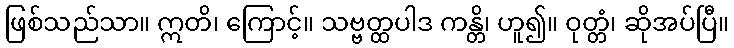
ဖြစ်သည်သာ။ ဣတိ၊ ကြောင့်။ သဗ္ဗတ္ထပါဒ ကန္တိ၊ ဟူ၍။ ဝုတ္တံ၊ ဆိုအပ်ပြီ။